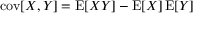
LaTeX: \operatorname { c o v } [ X , Y ] = \operatorname { E } [ X Y ] - \operatorname { E } [ X ] \operatorname { E } [ Y ]